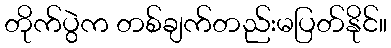
တိုက်ပွဲက တစ်ချက်တည်းမပြတ်နိုင်။